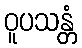
ဝူပသန္တံ